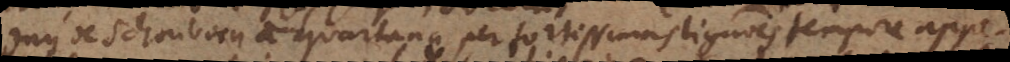
Dominum de Schonborn a quartana per fortissimas ligationes tempore appe-